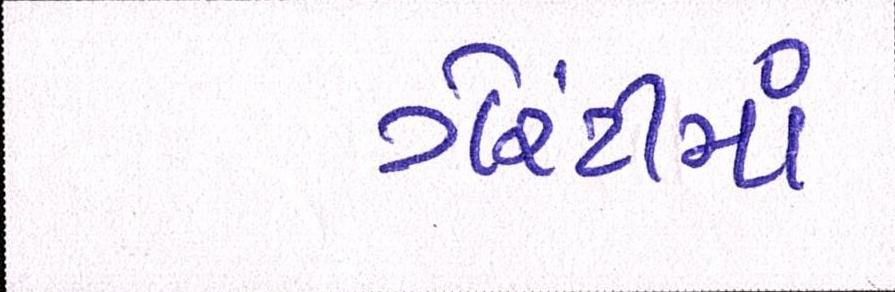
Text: ગેરંટીમાં